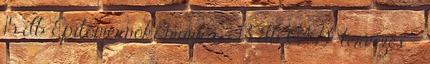
15 db Építőmérnöki munka - 13 db CAD-tervezés -